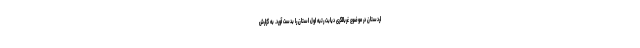
اردستان در موضوع غربالگری دیابت رتبه اول استان را بدست آورد. به گزارش